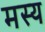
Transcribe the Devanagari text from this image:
मस्य